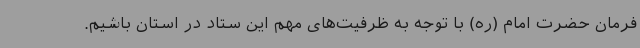
فرمان حضرت امام (ره) با توجه به ظرفیت‌های مهم این ستاد در استان باشیم.